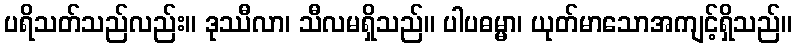
ပရိသတ်သည်လည်း။ ဒုဿီလာ၊ သီလမရှိသည်။ ပါပဓမ္မာ၊ ယုတ်မာသောအကျင့်ရှိသည်။